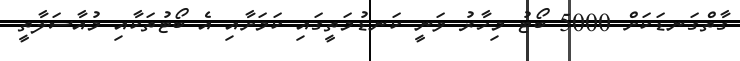
ގާތްގަނޑަކަށް 5000 ބޯޓު މިހާރު ވަނީ ކަނޑުމަތީގައި ކަމަށާއި އެ ބޯޓުތަކާއި މުއާސަލާތީ